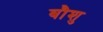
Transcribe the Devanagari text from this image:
बौशु